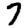
Digit: 7